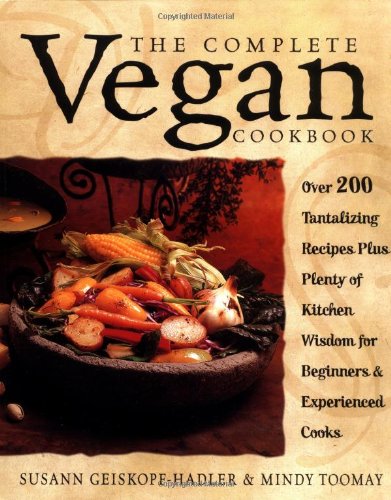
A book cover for The Complete Vegan Cookbook: Over 200 Tantalizing Recipes, Plus Plenty of Kitchen Wisdom for Beginners and Experienced Cooks; Susann Geiskopf-Hadler; Cookbooks, Food & Wine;